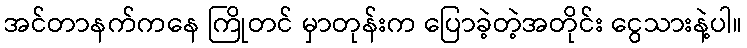
အင်တာနက်ကနေ ကြိုတင် မှာတုန်းက ပြောခဲ့တဲ့အတိုင်း ငွေသားနဲ့ပါ။